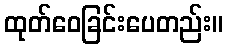
ထုတ်ဝေခြင်းပေတည်း။